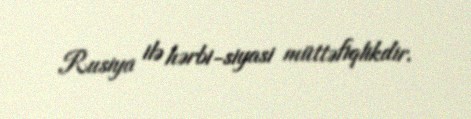
Rusiya ilə hərbi-siyasi müttəfiqlikdir.